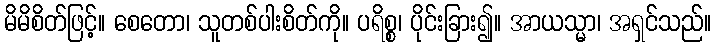
မိမိစိတ်ဖြင့်။ စေတော၊ သူတစ်ပါးစိတ်ကို။ ပရိစ္စ၊ ပိုင်းခြား၍။ အာယသ္မာ၊ အရှင်သည်။